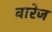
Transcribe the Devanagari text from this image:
वारेज